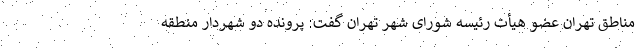
مناطق تهران عضو هیأت رئیسه شورای شهر تهران گفت: پرونده دو شهردار منطقه